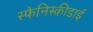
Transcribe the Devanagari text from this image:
स्फेनिस्कीडाई